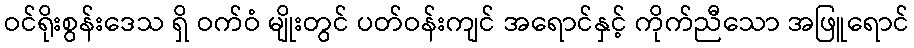
ဝင်ရိုးစွန်းဒေသ ရှိ ဝက်ဝံ မျိုးတွင် ပတ်ဝန်းကျင် အရောင်နှင့် ကိုက်ညီသော အဖြူရောင်